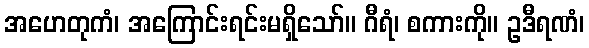
အဟေတုကံ၊ အကြောင်းရင်းမရှိသော်။ ဂီရံ၊ စကားကို။ ဥဒီရဏံ၊